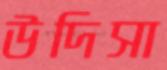
উদিসা